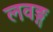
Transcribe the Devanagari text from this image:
लवङ्ग